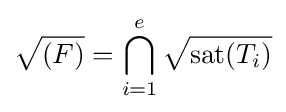
{\sqrt {(F)}}=\bigcap _{i=1}^{e}{\sqrt {\mathrm {sat} (T_{i})}}